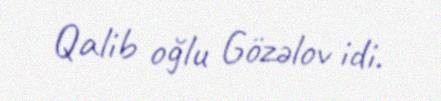
Qalib oğlu Gözəlov idi.